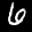
Label: 6